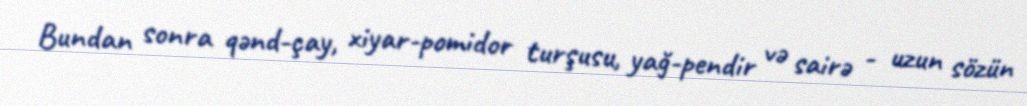
Bundan sonra qənd-çay, xiyar-pomidor turşusu, yağ-pendir və sairə - uzun sözün